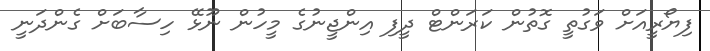
ފިޔޯރީއަށް ވަގުތީ ގޮތުން ކަރަންޓް ދީފި އިންޖީނުގެ މީހުން ނޫޅޭ ހިސާބަށް ގެންދަނީ